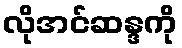
လိုအင်ဆန္ဒကို